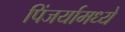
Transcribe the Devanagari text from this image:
पिंजर्यामध्ये